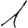
Digit: 1